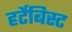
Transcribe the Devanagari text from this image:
हर्टेबिस्ट